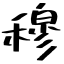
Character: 穆